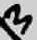
Text: 3